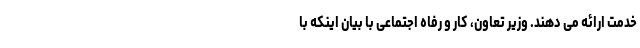
خدمت ارائه می دهند. وزیر تعاون، کار و رفاه اجتماعی با بیان اینکه با